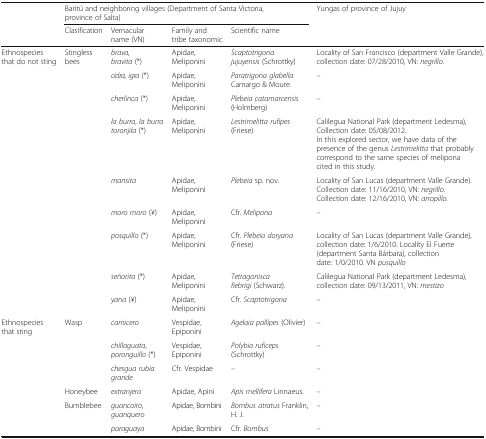
| <ROWSPAN=2>  | <COLSPAN=4> Baritú and neighboring villages (Department of Santa Victoria, province of Salta) | <ROWSPAN=2> Yungas of province of Jujuy |
 | Clasification | Vernacular name (VN) | Family and tribe taxonomic | Scientific name |
 | --- | --- | --- | --- | --- | --- |
 | <ROWSPAN=9> Ethnospecies that do not sting | <ROWSPAN=9> Stingless bees | brava, bravita (*) | Apidae, Meliponini | Scaptotrigona jujuyensis (Schrottky) | Locality of San Francisco (department Valle Grande), collection date: 07/28/2010, VN: negrillo. |
 | cidra, igra (*) | Apidae, Meliponini | Paratrigona glabella Camargo & Moure. | – |
 | cherlinca (*) | Apidae, Meliponini | Plebeia catamarcensis (Holmberg) | – |
 | la burra, la burra toronjila (*) | Apidae, Meliponini | Lestrimelitta rufipes (Friese) | Calilegua National Park (department Ledesma), Collection date: 05/08/2012.In this explored sector, we have data of the presence of the genus Lestrimelitta that probably correspond to the same species of melipona cited in this study. |
 | mansita | Apidae, Meliponini | Plebeia sp. nov. | Locality of San Lucas (department Valle Grande). Collection date: 11/16/2010, VN: negrillo. Collection date: 12/16/2010, VN: arropillo. |
 | moro moro (¥) | Apidae, Meliponini | Cfr. Melipona | – |
 | posquillo (*) | Apidae, Meliponini | Cfr. Plebeia doryana (Friese) | Locality of San Lucas (department Valle Grande), collection date: 1/6/2010. Locality El Fuerte (department Santa Bárbara), collection date: 1/0/2010. VN pusquillo |
 | señorita (*) | Apidae, Meliponini | Tetragonisca fiebrigi (Schwarz). | Calilegua National Park (department Ledesma), collection date: 09/13/2011, VN: mestizo |
 | yana (¥) | Apidae, Meliponini | Cfr. Scaptotrigona | – |
 | <ROWSPAN=6> Ethnospecies that sting | <ROWSPAN=3> Wasp | carnicero | Vespidae, Epiponini | Agelaia pallipes (Olivier) | – |
 | chillaguata, poronguillo (*) | Vespidae, Epiponini | Polybia ruficeps (Schrottky) | – |
 | chesgua rubia grande | Cfr. Vespidae | – | – |
 | Honeybee | extranjera | Apidae, Apini | Apis mellifera Linnaeus. | – |
 | <ROWSPAN=2> Bumblebee | guancoiro, guanquero | Apidae, Bombini | Bombus atratus Franklin, H. J. | – |
 | paraguaya | Apidae, Bombini | Cfr. Bombus | – |